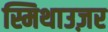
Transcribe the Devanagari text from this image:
स्मिथाउज़र